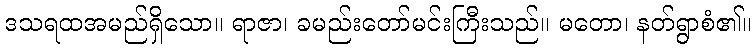
ဒသရထအမည်ရှိသော။ ရာဇာ၊ ခမည်းတော်မင်းကြီးသည်။ မတော၊ နတ်ရွာစံ၏။